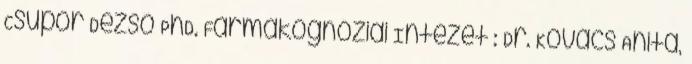
Csupor Dezső PhD. Farmakognóziai Intézet : Dr. Kovács Anita,